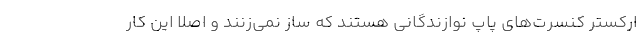
ارکستر کنسرت‌های پاپ نوازندگانی هستند که ساز نمی‌زنند و اصلا این کار